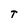
Character: T